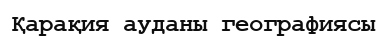
Қарақия ауданы географиясы